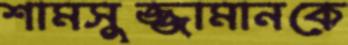
শামসুজ্জামানকে